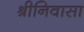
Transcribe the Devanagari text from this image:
श्रीनिवासा